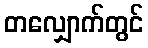
တလျှောက်တွင်